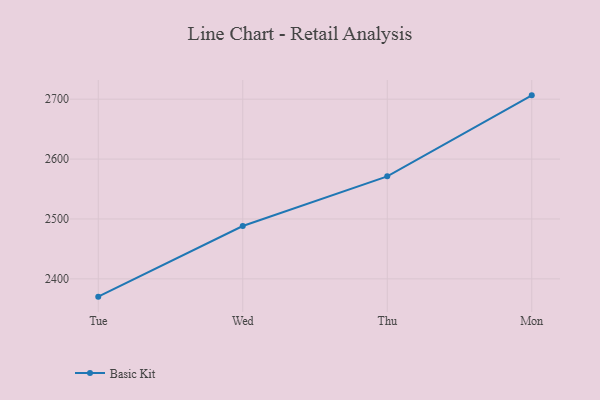
{"axis": {"x": "Day", "y": "Latency (ms)"}, "legend": ["Basic Kit"], "data": [{"x": "Tue", "y": 2370.3, "type": "Basic Kit"}, {"x": "Wed", "y": 2488.3, "type": "Basic Kit"}, {"x": "Thu", "y": 2571.2, "type": "Basic Kit"}, {"x": "Mon", "y": 2706.4, "type": "Basic Kit"}]}